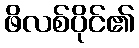
ဖိလစ်ပိုင်၏